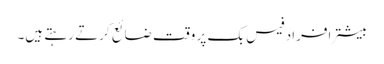
بیشتر افراد فیس بک پر وقت ضائع کرتے رہتے ہیں۔